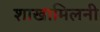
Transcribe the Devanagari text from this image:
शाखामिलनी